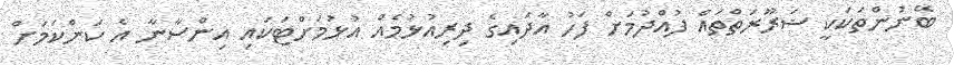
ބޭނުންތަކަކީ ޟަރޫރަތްތައް ފުއްދުމަށް ފަހު އާދައިގެ ދިރިއުޅުމެއް އުޅުމަށްޓަކައި އިންސާނާ އެ ކަންކަމަށް